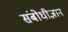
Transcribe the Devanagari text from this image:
संबोधीज्ञान